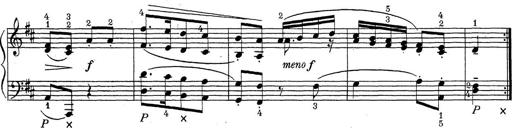
Title: ÄŒeskÃ© Sonatiny
Composer: Various